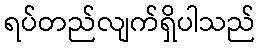
ရပ်တည်လျက်ရှိပါသည်